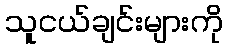
သူငယ်ချင်းများကို